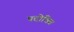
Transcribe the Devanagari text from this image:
पदोन्नित